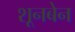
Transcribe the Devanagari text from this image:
शूनबेन